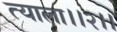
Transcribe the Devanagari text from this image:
त्याला।।२।।